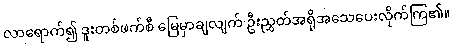
လာရောက်၍ ဒူးတစ်ဖက်စီ မြေမှာချလျက် ဦးညွှတ်အရိုအသေပေးလိုက်ကြ၏။